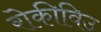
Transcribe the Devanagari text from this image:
रोकीविउ